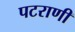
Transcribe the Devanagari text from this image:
पटराणी